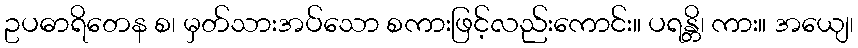
ဥပဓာရိတေန စ၊ မှတ်သားအပ်သော စကားဖြင့်လည်းကောင်း။ ပရန္တိ၊ ကား။ အယျေ၊